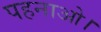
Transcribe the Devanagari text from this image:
पहनाओ।